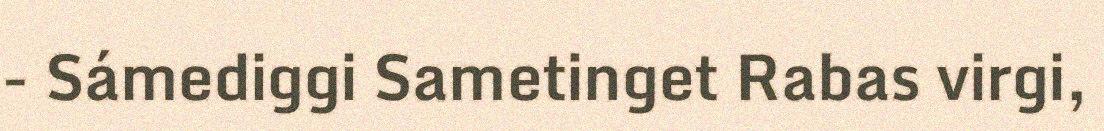
- Sámediggi Sametinget Rabas virgi,